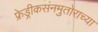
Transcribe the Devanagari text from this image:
फ्रेड्रीकसंनमुतोराच्या